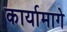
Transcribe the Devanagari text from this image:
कार्यामागे